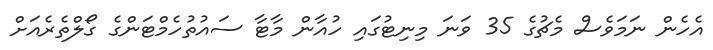
އެހެން ނަމަވެސް މެޗުގެ 35 ވަނަ މިނިޓުގައި ހުއާން މާޓާ ސައުތުހެމްޓަންގެ ގޯލްތެރެއަށް